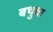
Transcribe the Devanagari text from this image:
बथुवा